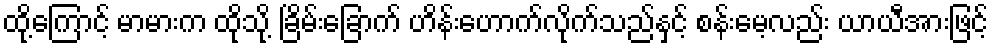
ထို့ကြောင့် မာမားက ထိုသို့ ခြိမ်းခြောက် ဟိန်းဟောက်လိုက်သည်နှင့် စန်းမေ့လည်း ယာယီအားဖြင့်